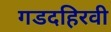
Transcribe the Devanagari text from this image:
गडदहिरवी